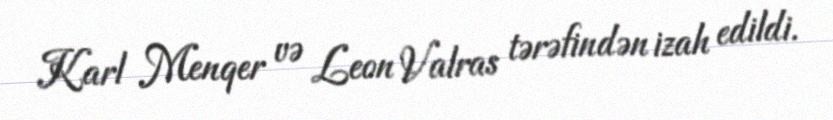
Karl Menqer və Leon Valras tərəfindən izah edildi.